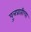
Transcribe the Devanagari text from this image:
पु्त्रप्राप्तीचा